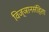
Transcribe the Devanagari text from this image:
विज्ञानसंहिता